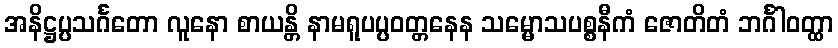
အနိဋ္ဌပ္ပသင်္ဂတော လူနော စာယန္တိ နာမရူပပ္ပဝတ္တနေန သမ္မောသပစ္စနီကံ ဇောတိတံ ဘင်္ဂါဝတ္ထာ